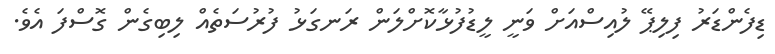
ޑިފެންޑަރު ފިލިޕޭ ލުއިސްއަށް ވަނީ ލީޑުފުޅާކޮށްލަން ރަނގަޅު ފުރުސަތެއް ލިބިގެން ގޮސްފަ އެވެ.